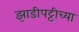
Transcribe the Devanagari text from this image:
झाडीपट्टीच्या